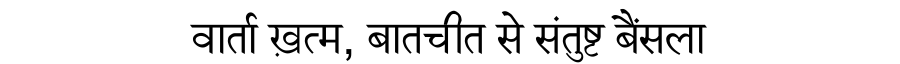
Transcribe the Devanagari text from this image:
वार्ता ख़त्म, बातचीत से संतुष्ट बैंसला